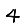
Digit: 4